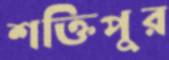
শক্তিপুর